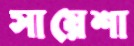
সায়েশা